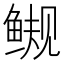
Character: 𫚜